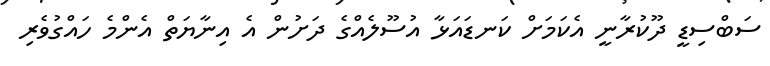
ސަބްސިޑީ ދޫކުރާނީ އެކަމަށް ކަނޑައަޅާ އުސޫލެއްގެ ދަށުން އެ އިނާޔަތް އެންމެ ހައްގުވެރި